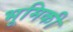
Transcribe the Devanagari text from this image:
भूमिकी